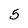
Character: 5